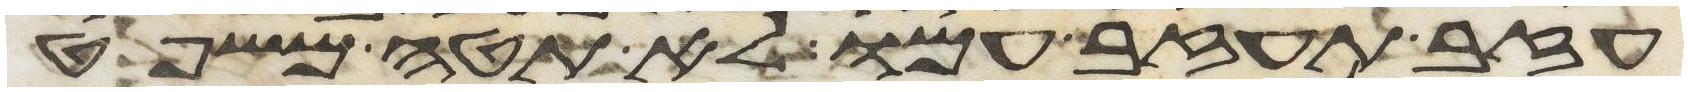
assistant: עזב תעזב עמו לא תטה משפט